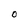
Character: O